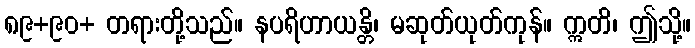
၈၉+၉၀+ တရားတို့သည်။ နပရိဟာယန္တိ၊ မဆုတ်ယုတ်ကုန်။ ဣတိ၊ ဤသို့။